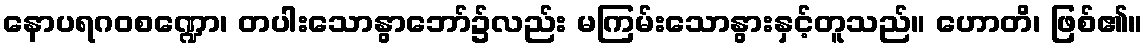
နောပရဂဝစဏ္ဍော၊ တပါးသောနွာဘော်၌လည်း မကြမ်းသောနွားနှင့်တူသည်။ ဟောတိ၊ ဖြစ်၏။